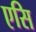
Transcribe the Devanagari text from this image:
एसि